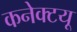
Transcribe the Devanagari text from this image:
कनेक्टयू